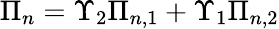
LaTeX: \Pi_{n}=\Upsilon_{2}\Pi_{n,1}+\Upsilon_{1}\Pi_{n,2}